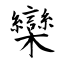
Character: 欒